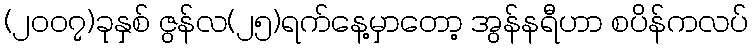
(၂၀၀၇)ခုနှစ် ဇွန်လ(၂၅)ရက်နေ့မှာတော့ အွန်နရီဟာ စပိန်ကလပ်